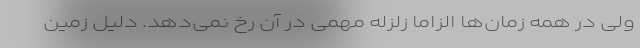
ولی در همه زمان‌ها الزاما زلزله مهمی در آن رخ نمی‌دهد. دلیل زمین‌